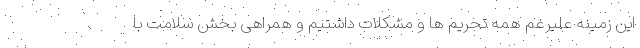
این زمینه علیرغم همه تحریم ها و مشکلات داشتیم و همراهی بخش سلامت با